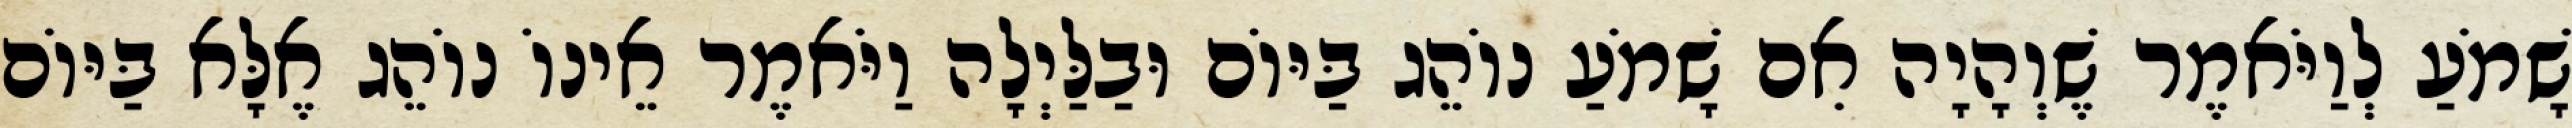
שָׁמֹעַ לְוַיֹּאמֶר שֶׁוְהָיָה אִם שָׁמֹעַ נוֹהֵג בַּיּוֹם וּבַלַּיְלָה וַיֹּאמֶר אֵינוֹ נוֹהֵג אֶלָּא בַּיּוֹם